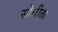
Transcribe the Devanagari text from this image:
सोबीता